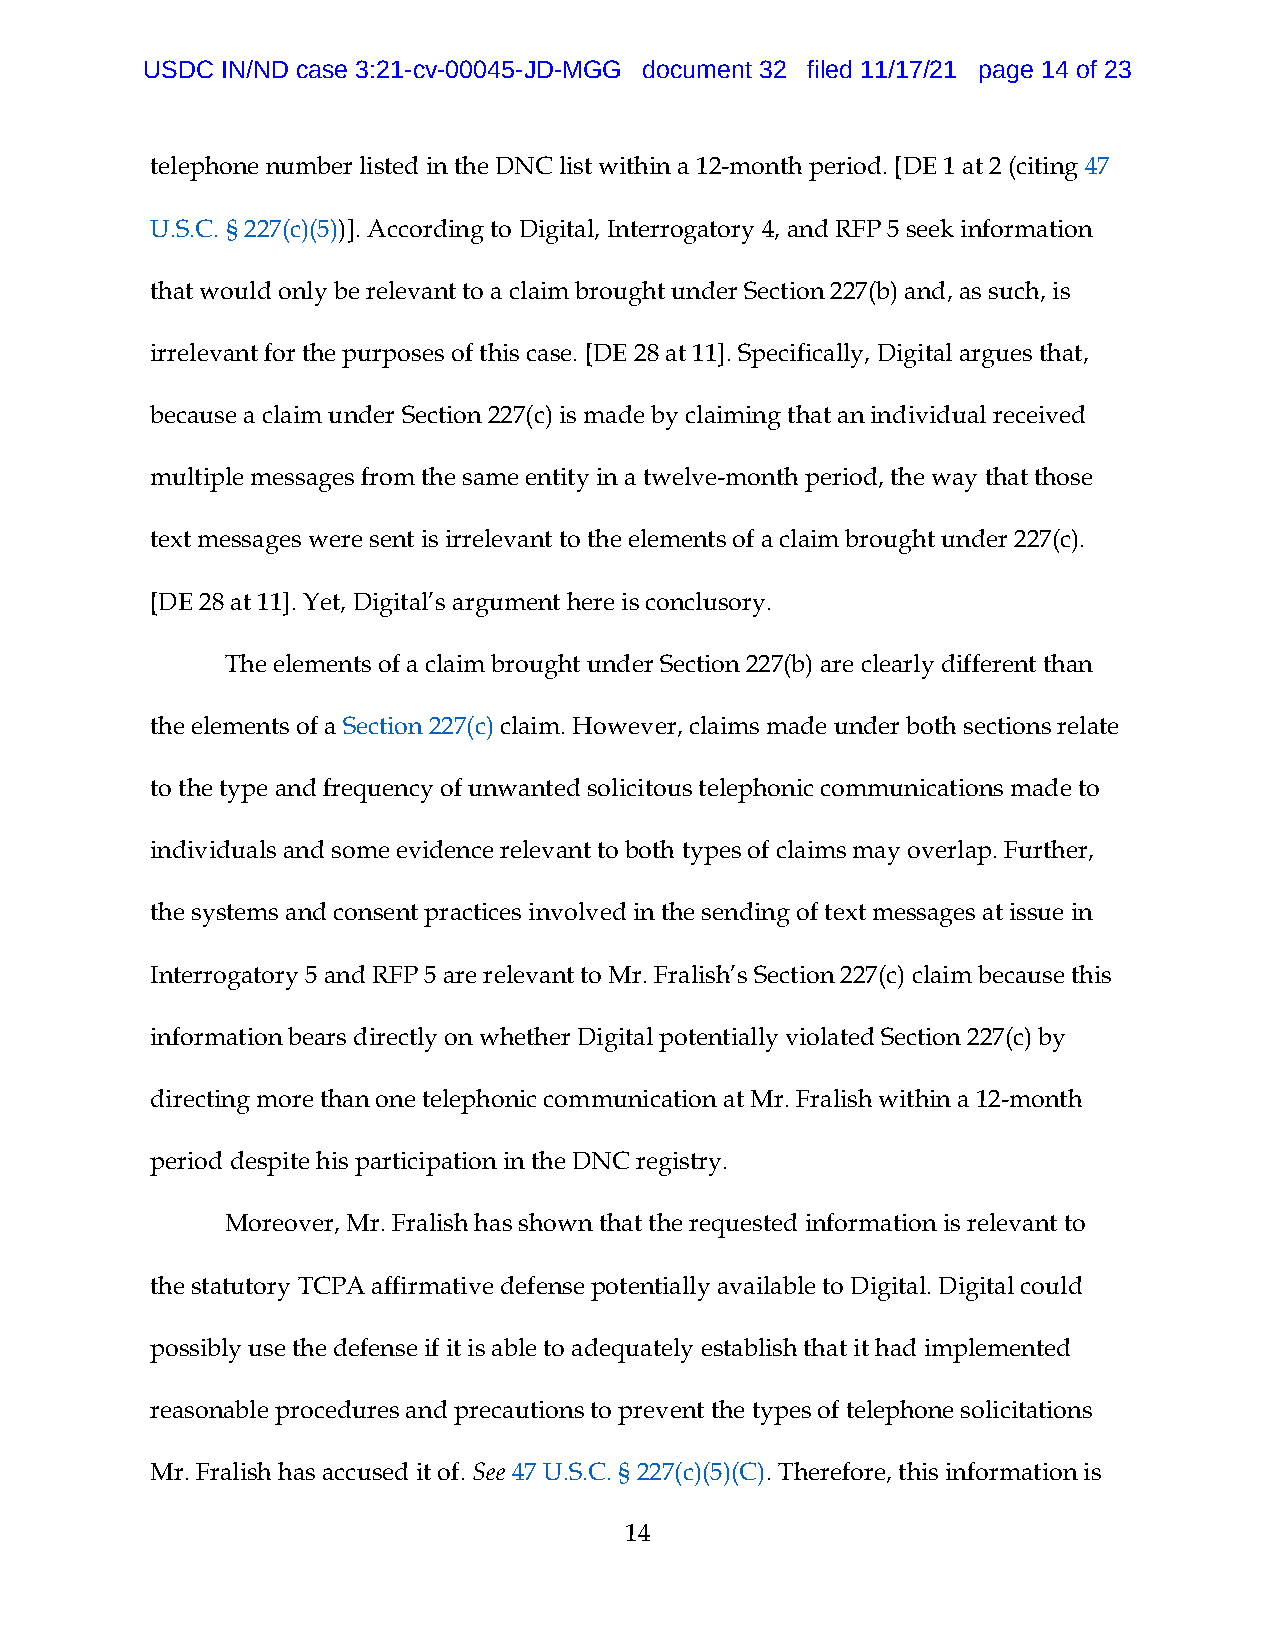
USDC  IN/ND case 3:21-cv-00045-JD-MGG document 32 filed 11/17/21 page 14 of 23
 telephone number listed in the DNC list within a 12-month period. [DE 1 at 2 (citing 47
 U.S.C. § 227(c)(5))]. According to Digital, Interrogatory 4, and RFP 5 seek information
 that would only be relevant to a claim brought under Section 227(b) and, as such, is
 irrelevant for the purposes of this case. [DE 28 at 11]. Specifically, Digital argues that,
 because a claim under Section 227(c) is made by claiming that an individual received
 multiple messages from the same entity in a twelve-month period, the way that those
 text messages were sent is irrelevant to the elements of a claim brought under 227(c).
 [DE 28 at 11]. Yet, Digital’s argument here is conclusory.
 The elements of a claim brought under Section 227(b) are clearly different than
 the elements of a Section 227(c) claim. However, claims made under both sections relate
 to the type and frequency of unwanted solicitous telephonic communications made to
 individuals and some evidence relevant to both types of claims may overlap. Further,
 the systems and consent practices involved in the sending of text messages at issue in
 Interrogatory 5 and RFP 5 are relevant to Mr. Fralish’s Section 227(c) claim because this
 information bears directly on whether Digital potentially violated Section 227(c) by
 directing more than one telephonic communication at Mr. Fralish within a 12-month
 period despite his participation in the DNC registry.
 Moreover, Mr. Fralish has shown that the requested information is relevant to
 the statutory TCPA affirmative defense potentially available to Digital. Digital could
 possibly use the defense if it is able to adequately establish that it had implemented
 reasonable procedures and precautions to prevent the types of telephone solicitations
 Mr. Fralish has accused it of. See 47 U.S.C. § 227(c)(5)(C). Therefore, this information is
 14